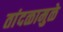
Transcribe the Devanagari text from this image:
तांदळामुळे